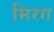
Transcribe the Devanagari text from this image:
मिरग